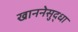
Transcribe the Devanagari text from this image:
खाननेसुद्धा